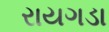
રાયગડા